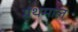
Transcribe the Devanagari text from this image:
ग्रंथमाल